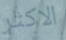
الاكثر